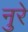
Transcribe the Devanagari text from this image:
नुरे